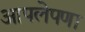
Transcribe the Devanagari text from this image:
आपलेपणा